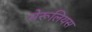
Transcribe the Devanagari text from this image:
मेरूलियस